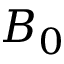
B _ { 0 }